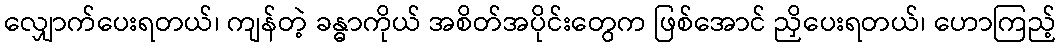
လျှောက်ပေးရတယ်၊ ကျန်တဲ့ ခန္ဓာကိုယ် အစိတ်အပိုင်းတွေက ဖြစ်အောင် ညှိပေးရတယ်၊ ဟောကြည့်